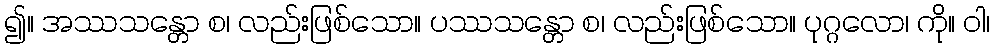
၍။ အဿသန္တော စ၊ လည်းဖြစ်သော။ ပဿသန္တော စ၊ လည်းဖြစ်သော။ ပုဂ္ဂလော၊ ကို။ ဝါ၊